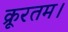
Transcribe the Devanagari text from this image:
क्रूरतम।